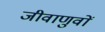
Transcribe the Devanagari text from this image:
जीवाणुवों